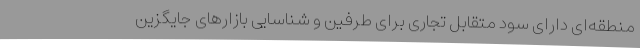
منطقه‌ای دارای سود متقابل تجاری برای طرفین و شناسایی بازارهای جایگزین